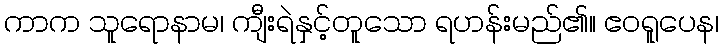
ကာက သူရောနာမ၊ ကျီးရဲနှင့်တူသော ရဟန်းမည်၏။ ဧဝရူပေန၊